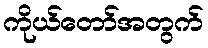
ကိုယ်တော်အတွက်